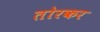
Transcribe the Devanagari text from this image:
तोरकर